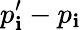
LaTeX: p_{\mathbf{i}}^{\prime}-p_{\mathbf{i}}